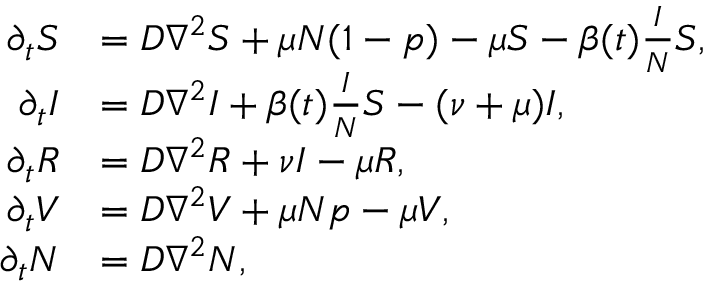
\begin{array} { r l } { \partial _ { t } S } & { = D \nabla ^ { 2 } S + \mu N ( 1 - p ) - \mu S - \beta ( t ) \frac { I } { N } S , } \\ { \partial _ { t } I } & { = D \nabla ^ { 2 } I + \beta ( t ) \frac { I } { N } S - ( \nu + \mu ) I , } \\ { \partial _ { t } R } & { = D \nabla ^ { 2 } R + \nu I - \mu R , } \\ { \partial _ { t } V } & { = D \nabla ^ { 2 } V + \mu N p - \mu V , } \\ { \partial _ { t } N } & { = D \nabla ^ { 2 } N , } \end{array}